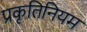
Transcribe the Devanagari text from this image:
प्रकृतिनियम